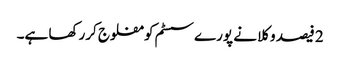
2 فیصد وکلا نے پورےسسٹم کو مفلوج کررکھا ہے۔